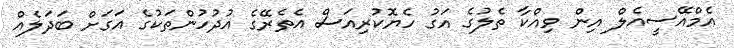
އެމްއޭސީއެލް އިން ވިއްކާ ތެލުގެ އަގު ހެޔޮކުރިއަސް އެތެރޭގެ އުދުހުންތަކުގެ އަގަށް ބަދަލެއް